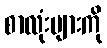
စာလုံးများကို